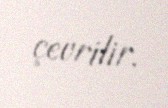
çevrilir.